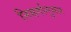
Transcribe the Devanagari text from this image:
निसर्गानुसार